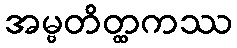
အမ္ဗတိတ္ထကဿ